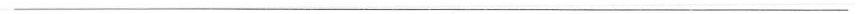
___